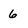
Character: 6